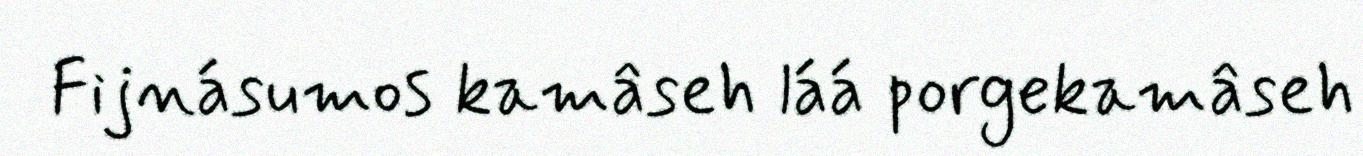
Fijnásumos kamâseh láá porgekamâseh